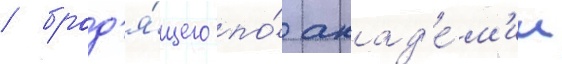
/ брод'я́щего по́ акад'е́м'ии